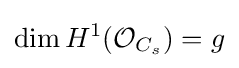
\dim H^{1}({\mathcal {O}}_{C_{s}})=g